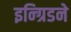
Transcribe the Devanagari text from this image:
इन्ग्रिडने